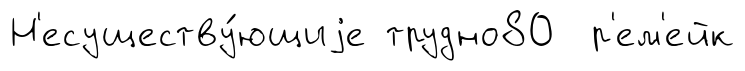
Н'есуществу́ющиjе трудно80 р'ем'ейк